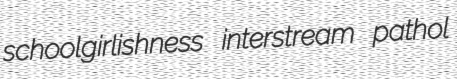
schoolgirlishness interstream pathol